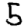
Digit: 5